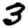
Digit: 3